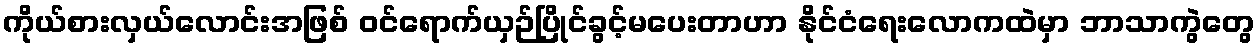
ကိုယ်စားလှယ်လောင်းအဖြစ် ဝင်ရောက်ယှဉ်ပြိုင်ခွင့်မပေးတာဟာ နိုင်ငံရေးလောကထဲမှာ ဘာသာကွဲတွေ